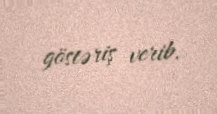
göstəriş verib.